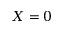
X = 0